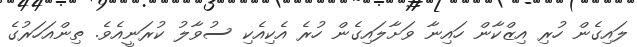
ލައިގެން ހުރި އިޒްކާން ހައިނާ ވަށާލައިގެން ހުރެ އެކިއެކި ސުވާލު ކުރަނީއެވެ. ތިންއަހަރުގެ